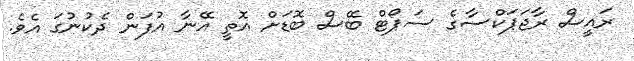
ރައީސް ރާޖަޕަކްސާގެ ސަޕޯޓް ބޭސް ބޮޑަށް އޮތީ އޭނާ އުފަން ދެކުނުގަ އެވެ.